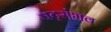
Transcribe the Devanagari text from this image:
षट्संभव